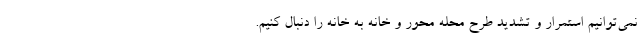
نمی‌توانیم استمرار و تشدید طرح محله محور و خانه به خانه را دنبال کنیم.